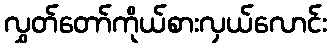
လွှတ်တော်ကိုယ်စားလှယ်လောင်း